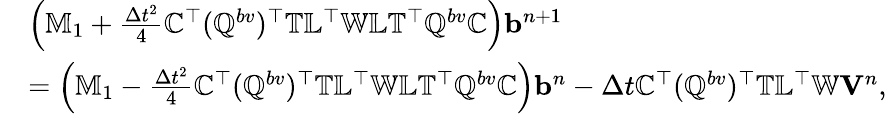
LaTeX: \begin{array}{rl}&{\left(\mathbb{M}_{1}+\frac{\Delta t^{2}}{4}\mathbb{C}^{\top}(\mathbb{Q}^{bv})^{\top}\mathbb{T}\mathbb{L}^{\top}\mathbb{W}\mathbb{L}\mathbb{T}^{\top}\mathbb{Q}^{bv}\mathbb{C}\right){\mathbf b}^{n+1}}\\ &{=\left(\mathbb{M}_{1}-\frac{\Delta t^{2}}{4}\mathbb{C}^{\top}(\mathbb{Q}^{bv})^{\top}\mathbb{T}\mathbb{L}^{\top}\mathbb{W}\mathbb{L}\mathbb{T}^{\top}\mathbb{Q}^{bv}\mathbb{C}\right){\mathbf b}^{n}-\Delta t\mathbb{C}^{\top}(\mathbb{Q}^{bv})^{\top}\mathbb{T}\mathbb{L}^{\top}\mathbb{W}{\mathbf V}^{n},}\end{array}